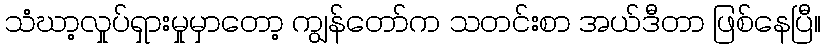
သံဃာ့လှုပ်ရှားမှုမှာတော့ ကျွန်တော်က သတင်းစာ အယ်ဒီတာ ဖြစ်နေပြီ။